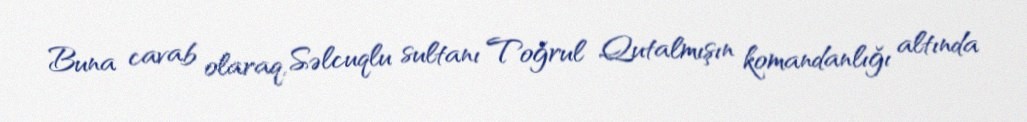
Buna cavab olaraq, Səlcuqlu sultanı Toğrul Qutalmışın komandanlığı altında